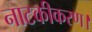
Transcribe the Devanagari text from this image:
नाटकीकरण।